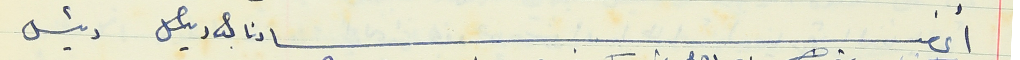
أعضاء نائب رئيس رئيس